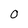
Character: 0